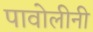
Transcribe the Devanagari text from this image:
पावोलीनी